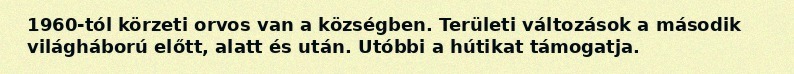
1960-tól körzeti orvos van a községben. Területi változások a második világháború előtt, alatt és után. Utóbbi a hútikat támogatja.